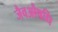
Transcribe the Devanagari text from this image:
जैवऔषधि